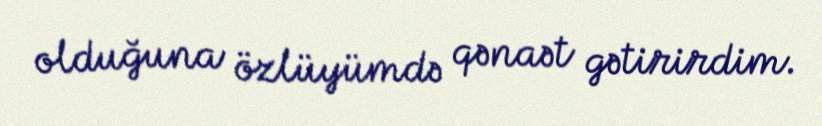
olduğuna özlüyümdə qənaət gətirirdim.